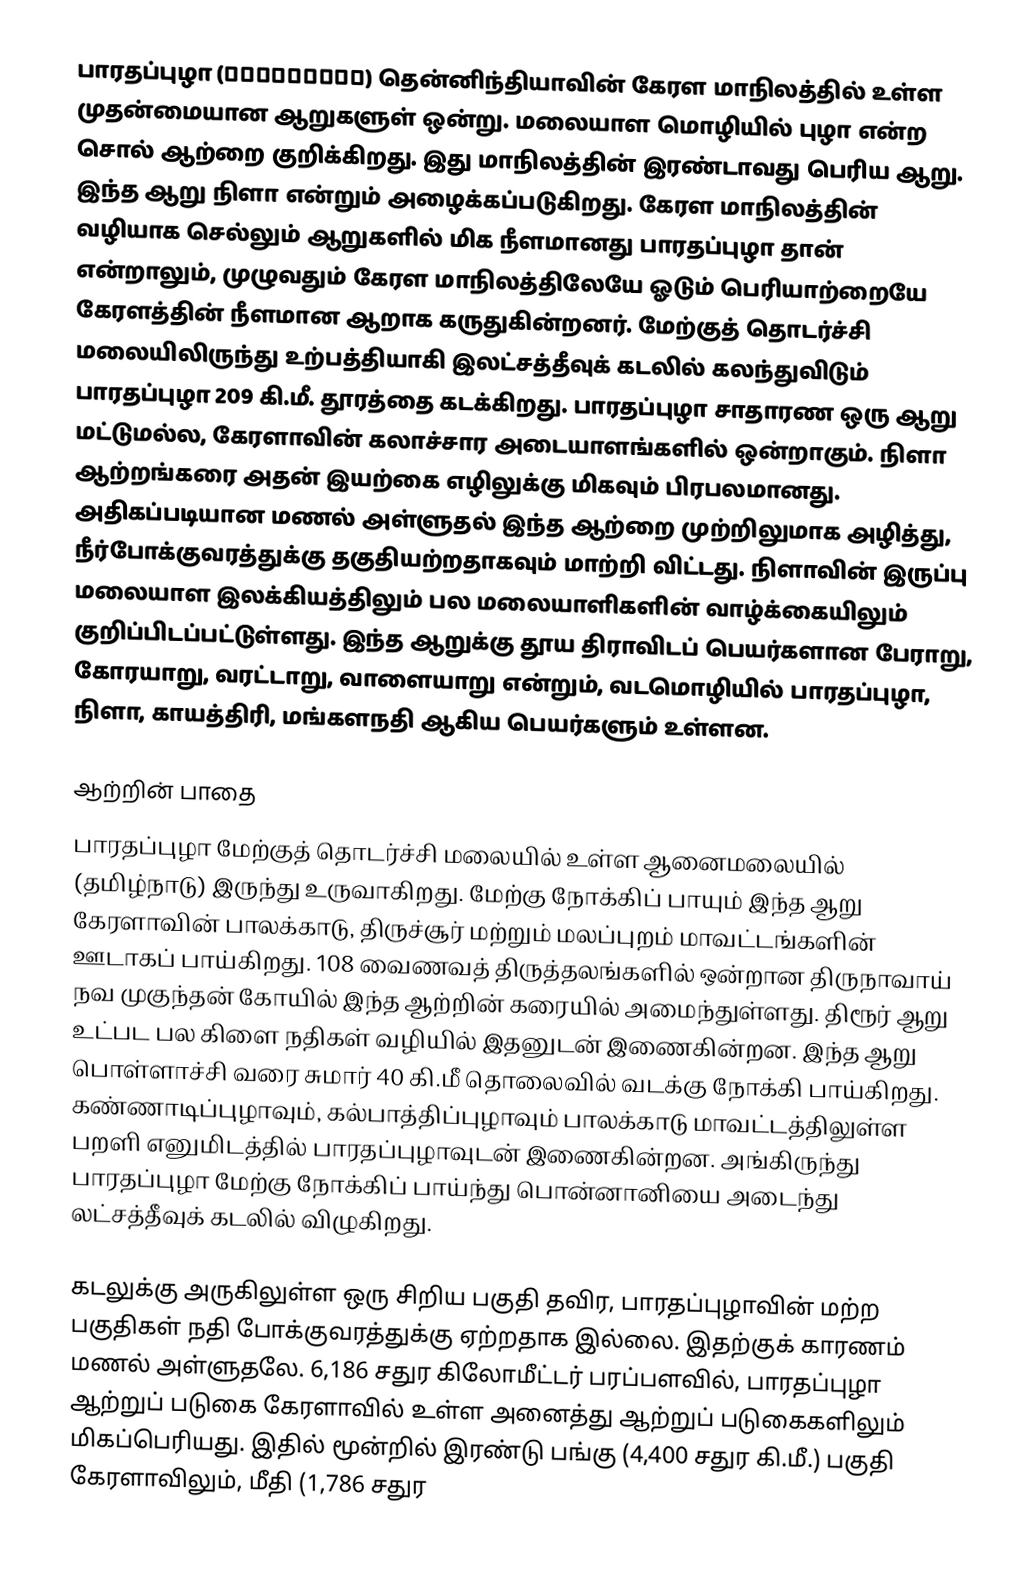
பாரதப்புழா (ഭാരതപ്പുഴ) தென்னிந்தியாவின் கேரள மாநிலத்தில் உள்ள முதன்மையான ஆறுகளுள் ஒன்று. மலையாள மொழியில் புழா என்ற சொல் ஆற்றை குறிக்கிறது. இது மாநிலத்தின் இரண்டாவது பெரிய ஆறு. இந்த ஆறு நிளா என்றும் அழைக்கப்படுகிறது. கேரள மாநிலத்தின் வழியாக செல்லும் ஆறுகளில் மிக நீளமானது பாரதப்புழா தான் என்றாலும், முழுவதும் கேரள மாநிலத்திலேயே ஓடும் பெரியாற்றையே கேரளத்தின் நீளமான ஆறாக கருதுகின்றனர். மேற்குத் தொடர்ச்சி மலையிலிருந்து உற்பத்தியாகி இலட்சத்தீவுக் கடலில் கலந்துவிடும் பாரதப்புழா 209 கி.மீ. தூரத்தை கடக்கிறது. பாரதப்புழா சாதாரண ஒரு ஆறு மட்டுமல்ல, கேரளாவின் கலாச்சார அடையாளங்களில் ஒன்றாகும். நிளா ஆற்றங்கரை அதன் இயற்கை எழிலுக்கு மிகவும் பிரபலமானது. அதிகப்படியான மணல் அள்ளுதல் இந்த ஆற்றை முற்றிலுமாக அழித்து, நீர்போக்குவரத்துக்கு தகுதியற்றதாகவும் மாற்றி விட்டது. நிளாவின் இருப்பு மலையாள இலக்கியத்திலும் பல மலையாளிகளின் வாழ்க்கையிலும் குறிப்பிடப்பட்டுள்ளது. இந்த ஆறுக்கு தூய திராவிடப் பெயர்களான பேராறு, கோரயாறு, வரட்டாறு, வாளையாறு என்றும், வடமொழியில் பாரதப்புழா, நிளா, காயத்திரி, மங்களநதி ஆகிய பெயர்களும் உள்ளன.

ஆற்றின் பாதை
பாரதப்புழா மேற்குத் தொடர்ச்சி மலையில் உள்ள ஆனைமலையில் (தமிழ்நாடு) இருந்து உருவாகிறது. மேற்கு நோக்கிப் பாயும் இந்த ஆறு கேரளாவின் பாலக்காடு, திருச்சூர் மற்றும் மலப்புறம் மாவட்டங்களின் ஊடாகப் பாய்கிறது. 108 வைணவத் திருத்தலங்களில் ஒன்றான திருநாவாய் நவ முகுந்தன் கோயில் இந்த ஆற்றின் கரையில் அமைந்துள்ளது. திரூர் ஆறு உட்பட பல கிளை நதிகள் வழியில் இதனுடன் இணைகின்றன. இந்த ஆறு பொள்ளாச்சி வரை சுமார் 40 கி.மீ தொலைவில் வடக்கு நோக்கி பாய்கிறது. கண்ணாடிப்புழாவும், கல்பாத்திப்புழாவும் பாலக்காடு மாவட்டத்திலுள்ள பறளி எனுமிடத்தில் பாரதப்புழாவுடன் இணைகின்றன. அங்கிருந்து பாரதப்புழா மேற்கு நோக்கிப் பாய்ந்து பொன்னானியை அடைந்து லட்சத்தீவுக் கடலில் விழுகிறது.

கடலுக்கு அருகிலுள்ள ஒரு சிறிய பகுதி தவிர, பாரதப்புழாவின் மற்ற பகுதிகள் நதி போக்குவரத்துக்கு ஏற்றதாக இல்லை. இதற்குக் காரணம் மணல் அள்ளுதலே. 6,186 சதுர கிலோமீட்டர் பரப்பளவில், பாரதப்புழா ஆற்றுப் படுகை கேரளாவில் உள்ள அனைத்து ஆற்றுப் படுகைகளிலும் மிகப்பெரியது. இதில் மூன்றில் இரண்டு பங்கு (4,400 சதுர கி.மீ.) பகுதி கேரளாவிலும், மீதி (1,786 சதுர